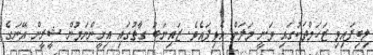
ލިބިފައިވި ޒަހަމްތަކުގައި ވަނީ މަލަން އެޅިފައެވެ. ޒައިނަބު ގާތުގައި އިށީންނަމުން ޝީރީން އޭނަގެ